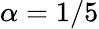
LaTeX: \alpha=1/5